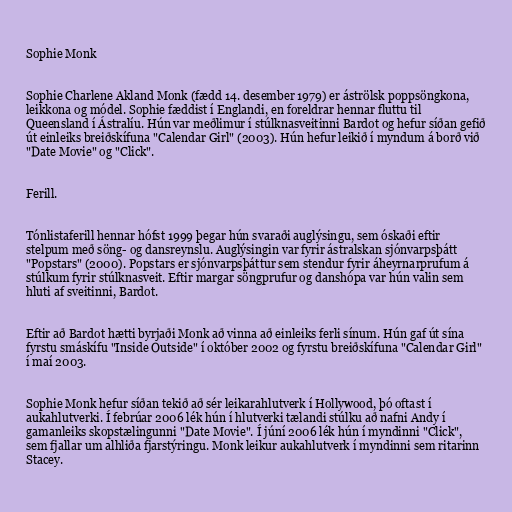
Sophie Monk

Sophie Charlene Akland Monk (fædd 14. desember 1979) er áströlsk poppsöngkona,
leikkona og módel. Sophie fæddist í Englandi, en foreldrar hennar fluttu til
Queensland í Ástralíu. Hún var meðlimur í stúlknasveitinni Bardot og hefur síðan gefið
út einleiks breiðskífuna "Calendar Girl" (2003). Hún hefur leikið í myndum á borð við
"Date Movie" og "Click".

Ferill.

Tónlistaferill hennar hófst 1999 þegar hún svaraði auglýsingu, sem óskaði eftir
stelpum með söng- og dansreynslu. Auglýsingin var fyrir ástralskan sjónvarpsþátt
"Popstars" (2000). Popstars er sjónvarpsþáttur sem stendur fyrir áheyrnarprufum á
stúlkum fyrir stúlknasveit. Eftir margar söngprufur og danshópa var hún valin sem
hluti af sveitinni, Bardot.

Eftir að Bardot hætti byrjaði Monk að vinna að einleiks ferli sínum. Hún gaf út sína
fyrstu smáskífu "Inside Outside" í október 2002 og fyrstu breiðskífuna "Calendar Girl"
í maí 2003.

Sophie Monk hefur síðan tekið að sér leikarahlutverk í Hollywood, þó oftast í
aukahlutverki. Í febrúar 2006 lék hún í hlutverki tælandi stúlku að nafni Andy í
gamanleiks skopstælingunni "Date Movie". Í júní 2006 lék hún í myndinni "Click",
sem fjallar um alhliða fjarstýringu. Monk leikur aukahlutverk í myndinni sem ritarinn
Stacey.